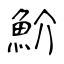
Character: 魪